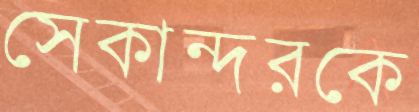
সেকান্দরকে